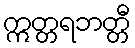
ဣတ္တရဘတ္တီ